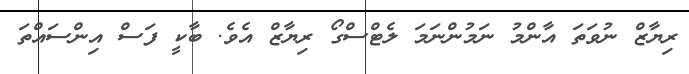
ރިޔާޒް ނުވަތަ އާންމު ނަމުންނަމަ ލެޓްސްގޯ ރިޔާޒް އެވެ. ބާކީ ފަސް އިންސައްތަ